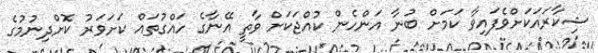
ޝިކާރައަކަށްވެފައިވާ ކަމަށް ބުނާ އަންހެން ކުއްޖަކަށް ވާތީ އޭނާގެ ހައްގުތައް ކަށަވަރު ކޮށްދިނުމުގެ